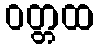
ဝတ္တထ